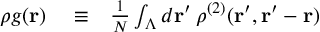
\begin{array} { r l r } { \rho g ( { \bf r } ) } & { { } \equiv } & { \frac { 1 } { N } \int _ { \Lambda } d { \bf r } ^ { \prime } \: \rho ^ { ( 2 ) } ( { \bf r } ^ { \prime } , { \bf r } ^ { \prime } - { \bf r } ) } \end{array}